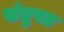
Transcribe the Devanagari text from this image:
संतुषट